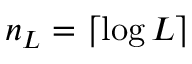
n _ { L } = \lceil \log L \rceil